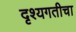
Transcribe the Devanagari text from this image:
दृश्यगतीचा